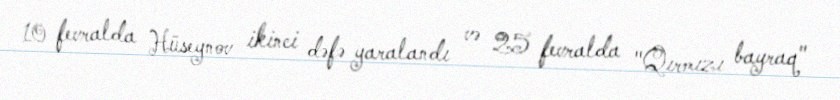
10 fevralda Hüseynov ikinci dəfə yaralandı və 25 fevralda "Qırmızı bayraq"